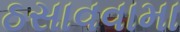
ઠસાવવામા